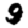
Digit: 9